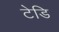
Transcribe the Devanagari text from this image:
टेडि